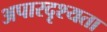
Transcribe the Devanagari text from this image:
अपारदृश्यता